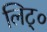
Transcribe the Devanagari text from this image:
लिट्०